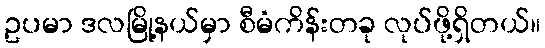
ဥပမာ ဒလမြို့နယ်မှာ စီမံကိန်းတခု လုပ်ဖို့ရှိတယ်။